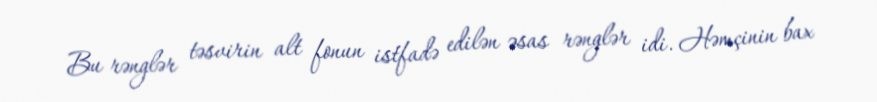
Bu rənglər təsvirin alt fonun istfadə edilən əsas rənglər idi. Həmçinin bax